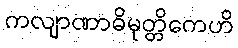
ကလျာဏာဓိမုတ္တိကေဟိ